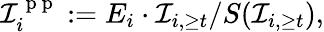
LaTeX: \mathcal{I}_{i}^{\mathrm{~p~p~}}:=E_{i}\cdot\mathcal{I}_{i,\geq t}/S(\mathcal{I}_{i,\geq t}),